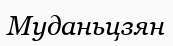
Муданьцзян